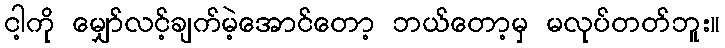
ငါ့ကို မျှော်လင့်ချက်မဲ့အောင်တော့ ဘယ်တော့မှ မလုပ်တတ်ဘူး။